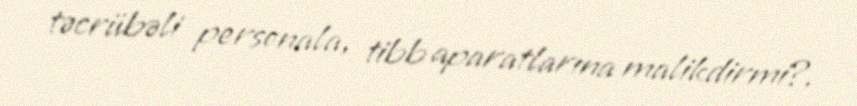
təcrübəli personala, tibb aparatlarına malikdirmi?.